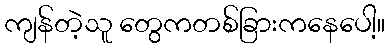
ကျန်တဲ့သူ တွေကတစ်ခြားကနေပေါ့။